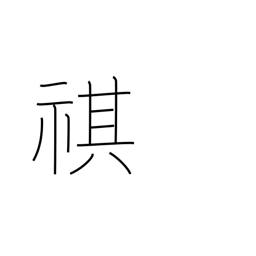
Meaning: security